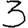
Digit: 3